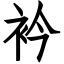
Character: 衿